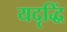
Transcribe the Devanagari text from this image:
यदृद्धिं